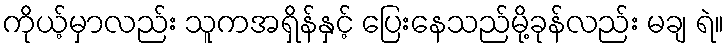
ကိုယ့်မှာလည်း သူကအရှိန်နှင့် ပြေးနေသည်မို့ခုန်လည်း မချ ရဲ။